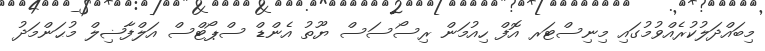
މިބައްދަލުކުރެއްވުމުގައި މިނިސްޓަރ އޮފް ހިއުމަން ރިސޯސަސް ޔޫތު އެންޑް ސްޕޯޓްސް އަލްފާޟިލް މުޙަންމަދު